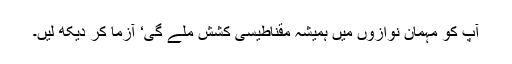
آپ کو مہمان نوازوں میں ہمیشہ مقناطیسی کشش ملے گی‘ آزما کر دیکھ لیں۔